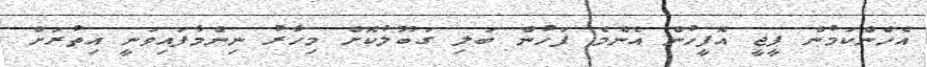
އެހެންކަމުން ޕީޖީ އޮފީހުން އެންމެ ފަހުން ބަލި ގަބޫލުކޮށް މިހާރު ނިންމާފައިވަނީ އިތުރަށް